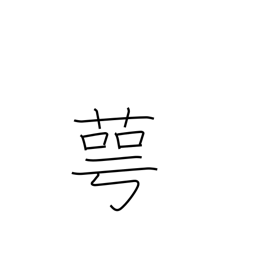
Meaning: calyx